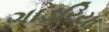
ગાડરિયા